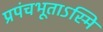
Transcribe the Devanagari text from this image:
प्रपंचभूताऽस्मि